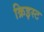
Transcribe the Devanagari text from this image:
क्रिइस्ट